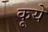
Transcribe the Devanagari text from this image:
कूये